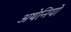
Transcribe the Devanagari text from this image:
अथेनियो